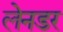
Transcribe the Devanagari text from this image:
लेनडर